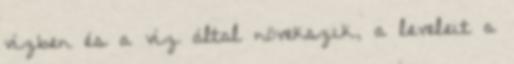
vízben és a víz által növekszik, a leveleit a